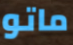
ماتو